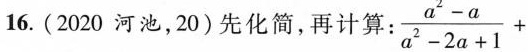
16.(2020河池，20)先化简，再计算： \frac{a^{2}-a}{a^{2}-2a+1}+